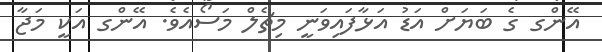
އޭންގ ގެ ބަޔަށް އަޑު އަޅާފައިވަނީ މިޗެލް މަސޯއެވެ. އޭންގ އަކީ މަޖާ